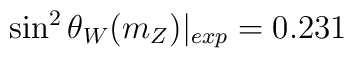
\sin^2 \theta_W(m_Z)|_{exp}=0.231